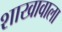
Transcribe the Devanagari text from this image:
शाखावाला